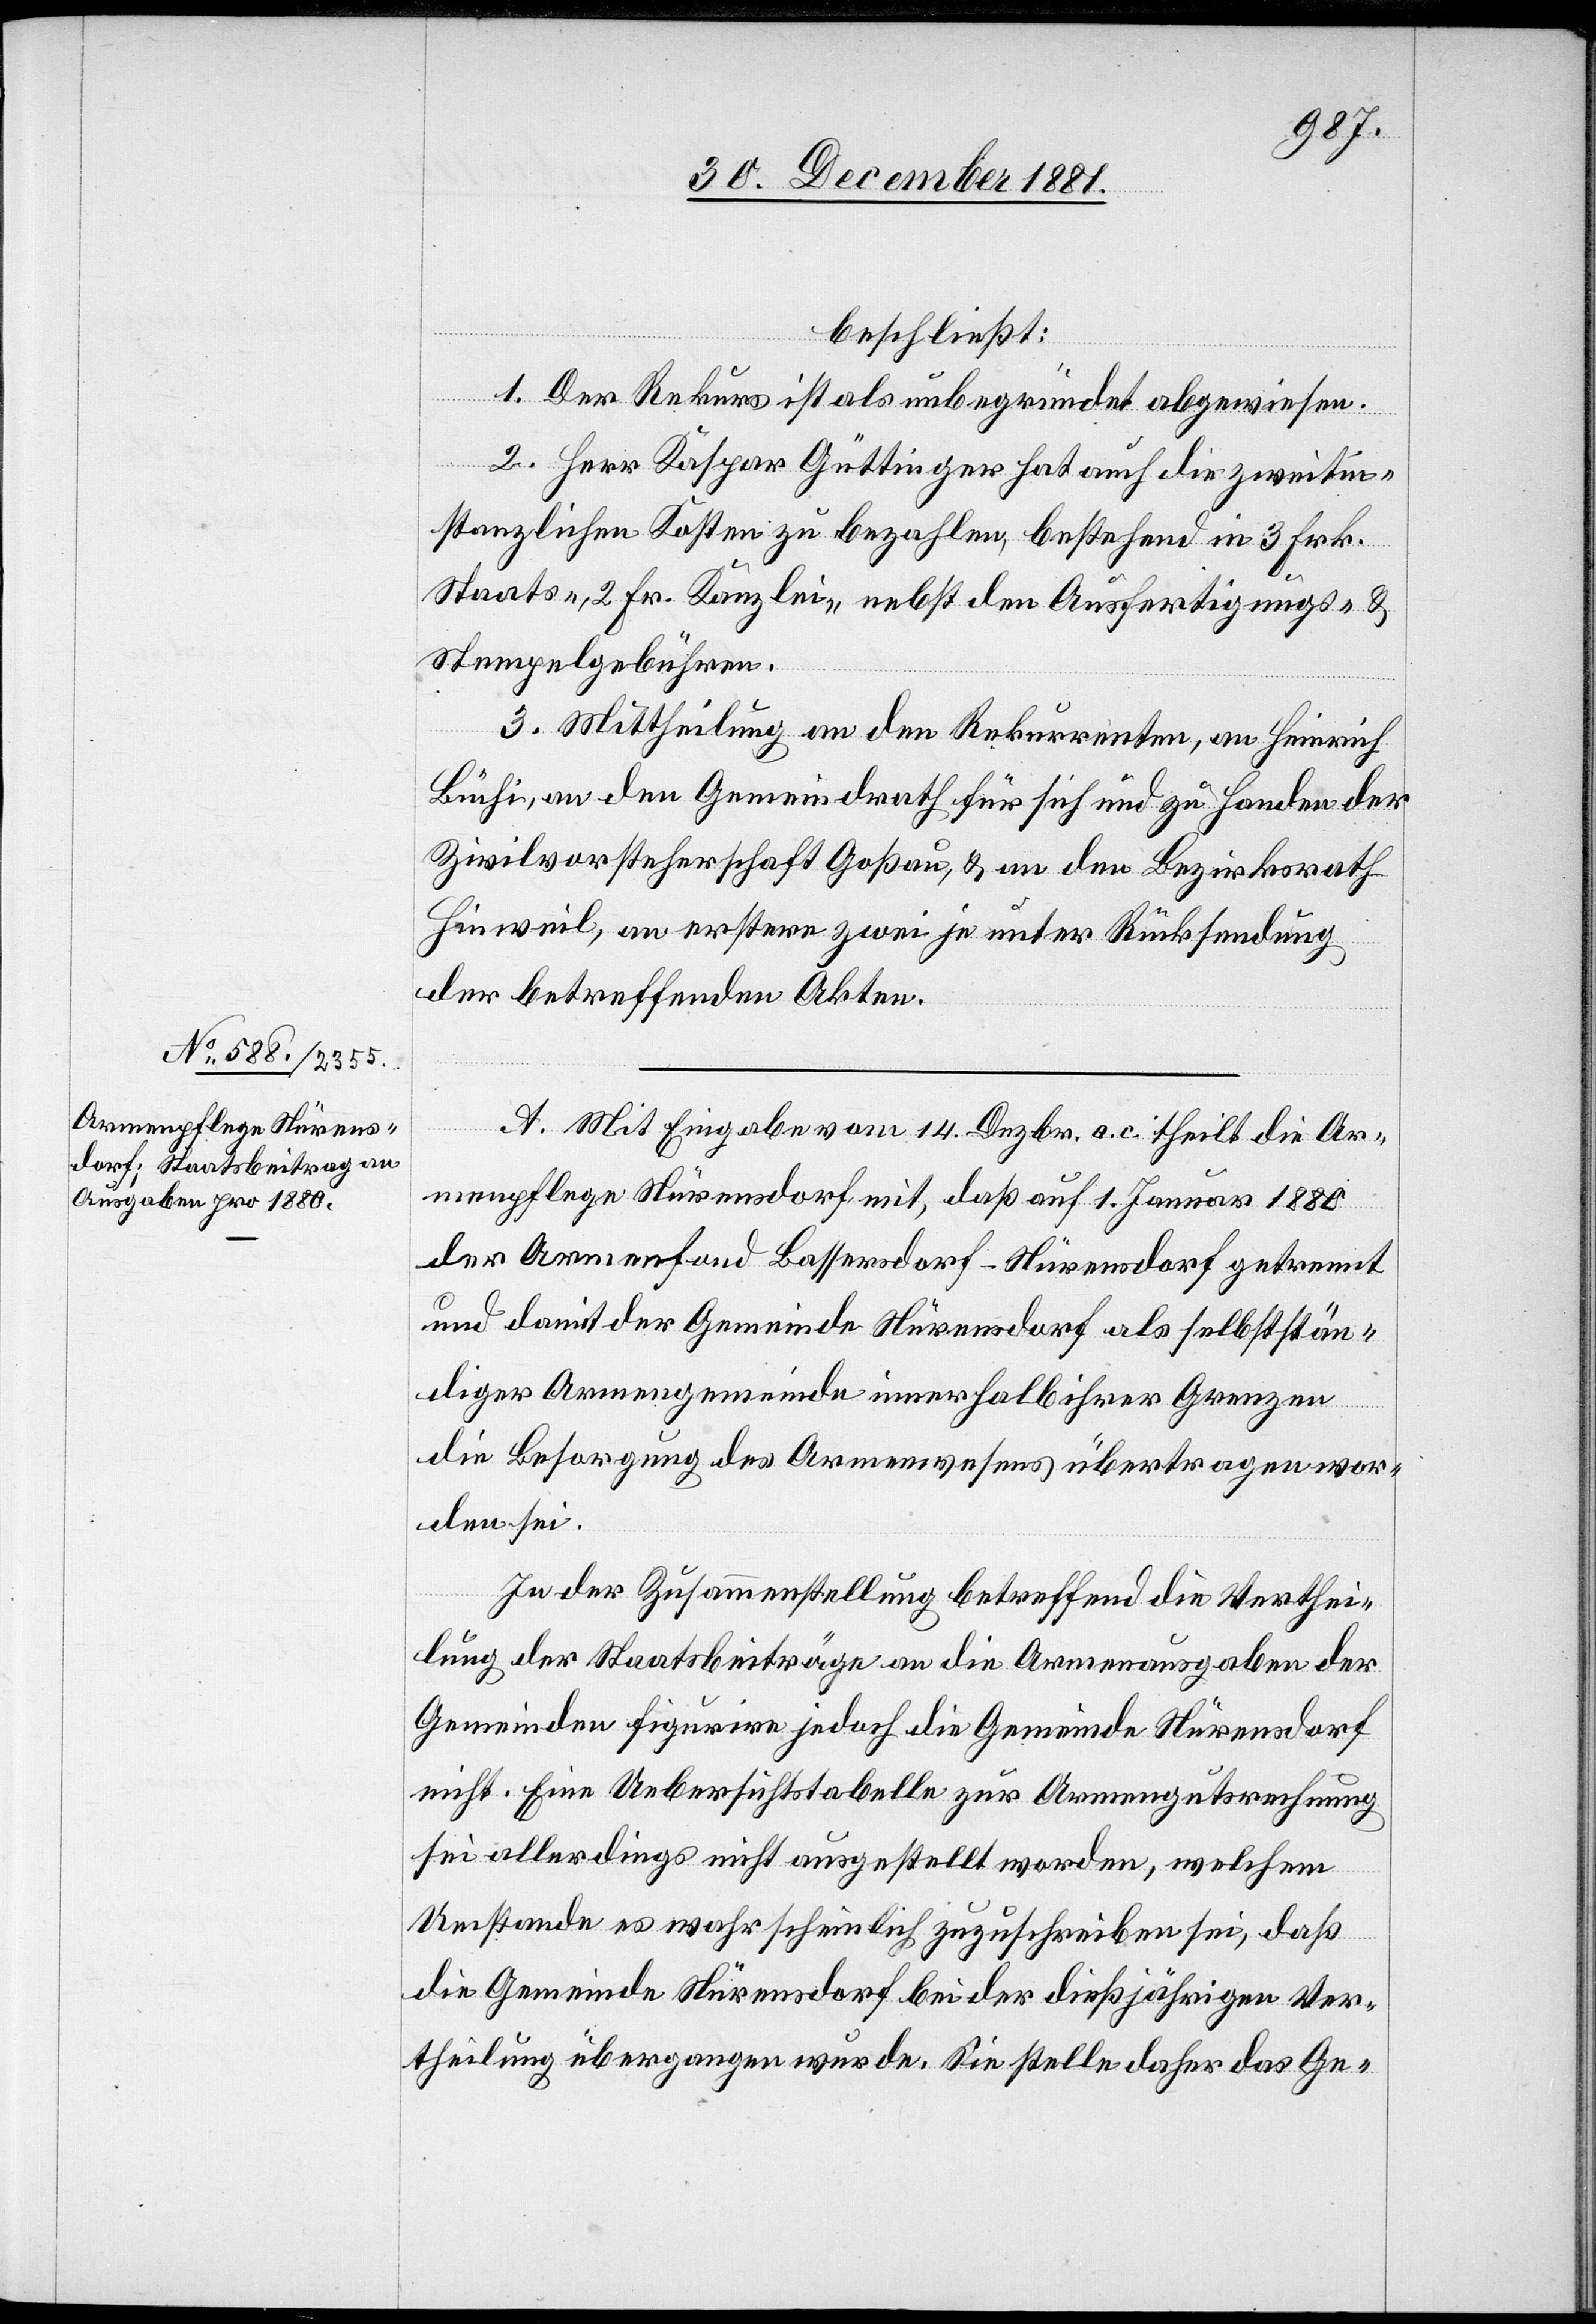
beschließt:
1. Der Rekurs ist als unbegründet abgewiesen.
2. Herr Kaspar Güttinger hat auch die zweitin¬
stanzlichen Kosten zu bezahlen, bestehend in 3 Frk.
Staats-, 2 Fr. Kanzlei- nebst den Ausfertigungs- &
Stempelgebühren.
3. Mittheilung an den Rekurrenten, an Heinrich
Büchi, an den Gemeindrath für sich und zu Handen der
Zivilvorsteherschaft Goßau, & an den Bezirksrath
Hinweil, an erstere zwei je unter Rücksendung
der betreffenden Akten.
A. Mit Eingabe vom 14. Dezbr. a. c. theilt die Ar¬
menpflege Nürensdorf mit, daß auf 1. Januar 1880
der Armenfond Bassersdorf-Nürensdorf getrennt
und damit der Gemeinde Nürensdorf als selbststän¬
diger Armengemeinde innerhalb ihrer Grenzen
die Besorgung des Armenwesens übertragen wor¬
den sei.
In der Zusammenstellung betreffend die Verthei¬
lung der Staatsbeiträge an die Armenausgaben der
Gemeinden figurire jedoch die Gemeinde Nürensdorf
nicht. Eine Uebersichtstabelle zur Armengutsrechnung
sei allerdings nicht ausgestellt worden, welchem
Umstande es wahrscheinlich zuzuschreiben sei, daß
die Gemeinde Nürensdorf bei der diesjährigen Ver¬
theilung übergangen wurde. Sie stelle daher das Ge-